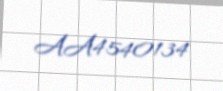
AA4540134